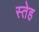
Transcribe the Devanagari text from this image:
स्तेह